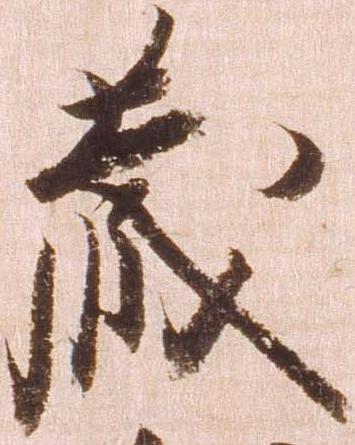
蔵